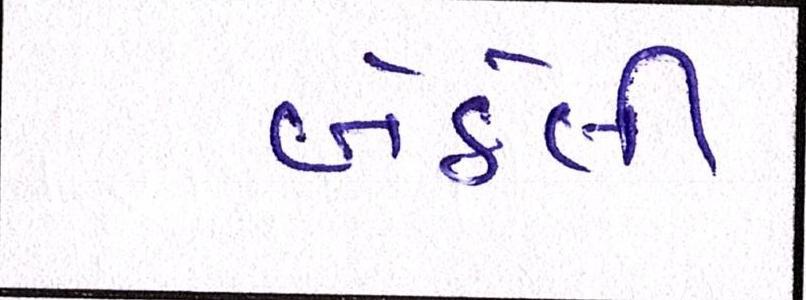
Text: બેઠેલી